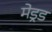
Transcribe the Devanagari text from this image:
मेड्रड